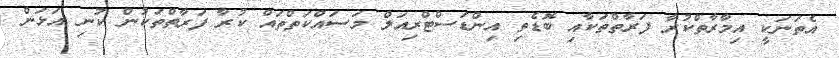
އެތަނަކީ އިމާރާތްކުރާ ފަރާތްތަކާއި ބޮޑެތި އިންޑަސްޓްރިއަލް މަސައްކަތްތައް ކުރާ ފަރާތްތަކުން ކުނި އަޅަން